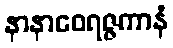
နာနာဝေရဇ္ဇကာနံ